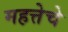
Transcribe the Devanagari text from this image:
महत्तेचे